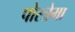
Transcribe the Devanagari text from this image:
पोस्त्रेमा